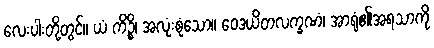
လေးပါးတို့တွင်။ ယံ ကိဉ္စိ၊ အလုံးစုံသော။ ဝေဒယိတလက္ခဏံ၊ အာရုံ၏အရသာကို